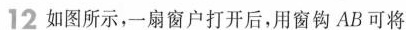
12如图所示，一扇窗户打开后，用窗钩AB可将